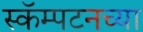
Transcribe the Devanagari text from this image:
स्कॅम्पटनच्या